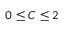
0 \le C \le 2